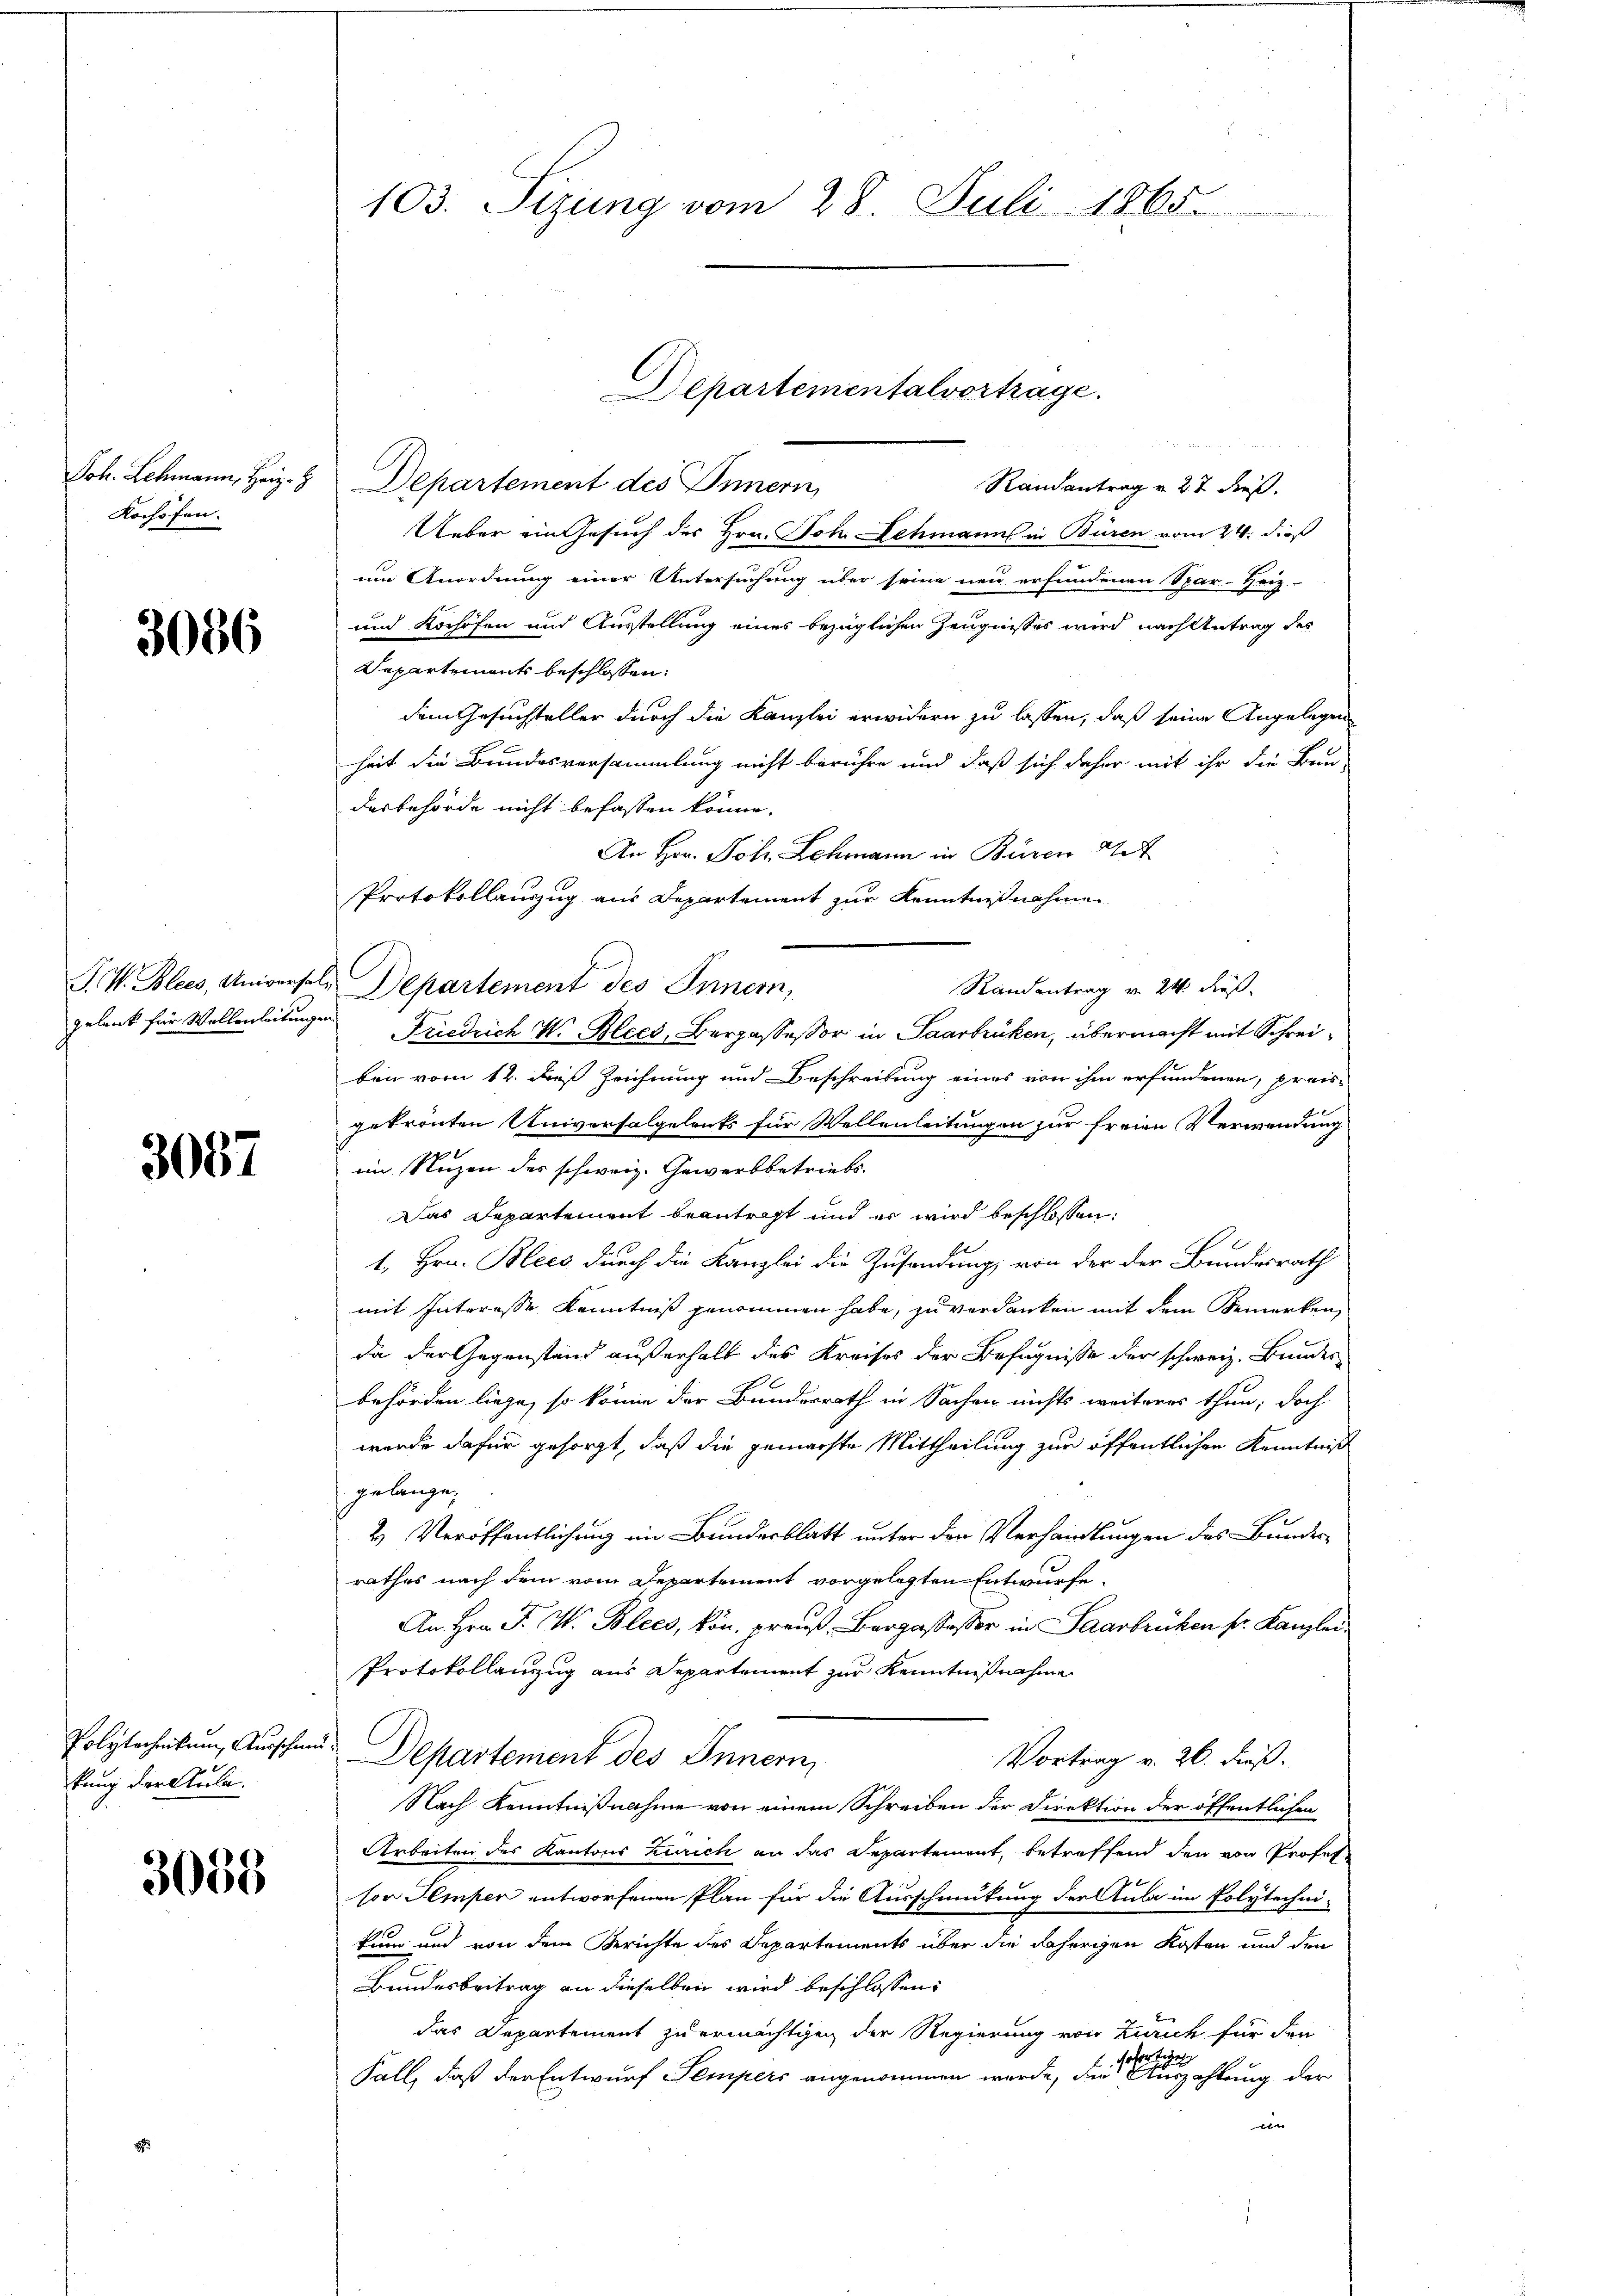
Joh. Lehmann, Herz.
Kochofen.

3086

3087

kung der Anla¬

3055

2 Departement des Innern,
Randantrag v. 27 dieß.
Ueber ein Gesuch des Hrn. Joh. Schmanns in Büren vom 24. dieß
um Anordnung einer Untersuchung über seine neu erfundenen Spar-Heiz
und Kochöfen und Ausstellung eines bezüglichen Zeugnisses wird nach Antrag des
Departements beschlossen:
dem Gesuchteller durch die Kanzlei erwidern zu lassen, daß seine Angelegen
heit die Bundesversammlung nicht berühre und daß sich daher mit ihr die Bau-
desbehörde nicht befassen könne,
An Hrn. Joh. Schmann in Büren
Protokollauszug aus Departement zur Kenntnißnahmen
P. V. Blees, Universel, Departement des Innern,
Randantrag v. 24. dieß
gelank für Wollenleitungen Friedrich W. Blees, Bergassessor in Saarbrücken, übermacht mit Schreiben vom 12. dies Zeichnung und Beschreibung eines von ihm erfundenen, preisgekrönten Universalgelents für Wellenleitungen zur freien Verwendung
im Nuzen des schweiz. Gewerbbetriebs
Das Departement beantragt und er wird beschlossen:
1. Hrn. Blees durch die Kanzlei die Zusendung, von der der Bundesrath
mit Interesse Kenntniß genommen habe, zu verdanken mit dem Bemerken
da der Gegenstand außerhalb des Kreises der Befugnisse der schweiz. Bundes
behörden liege, so könne der Bundesrath in Sachen nichts weiteres thun; doch
werde dafür gesorgt, daß die gemachte Mittheilung zur öffentlichen Kenntniß
gelangen,
2 Veröffentlichung im Bundesblatt unter den Verhandlungen des Bundesrathes nach dem vom Departement vorgelegten Entwurfe
An Hrn. F. W. Blees, kön. preuß. Bergassessor in Saarbrücken sr. Kanzlei
Protokollanzug aus Departement zur Kenntnißnahme
Polytechnikum, Ausscheid. Departement des Innern,
Vortrag v. 26. dieß.
Nach Kenntnißnahme von einem Schreiben der Direktion der öffentlichen
Arbeiten des Kantons Zürich an das Departement, betreffend den von Professor Semper entworfenen Plan für die Ausschmückung der Aula im Polytechni-
kung und von dem Berichte des Departements über die daherigen Kosten und den
Bundesbeitrag an dieselben wird beschlossen:
das Departement zu ermächtigen der Regierung von Zürich für den
ofortige
Fall, daß der Entwurf Tempers angenommen werde, die Auszahlung der
 |

103. Sizung vom 28. Juli 1865.

Departementalvortrage.